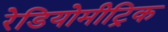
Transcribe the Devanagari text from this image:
रेडियोमीट्रिक